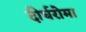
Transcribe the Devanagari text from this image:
दीर्घरोमा